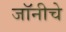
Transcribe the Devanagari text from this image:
जॉनीचे